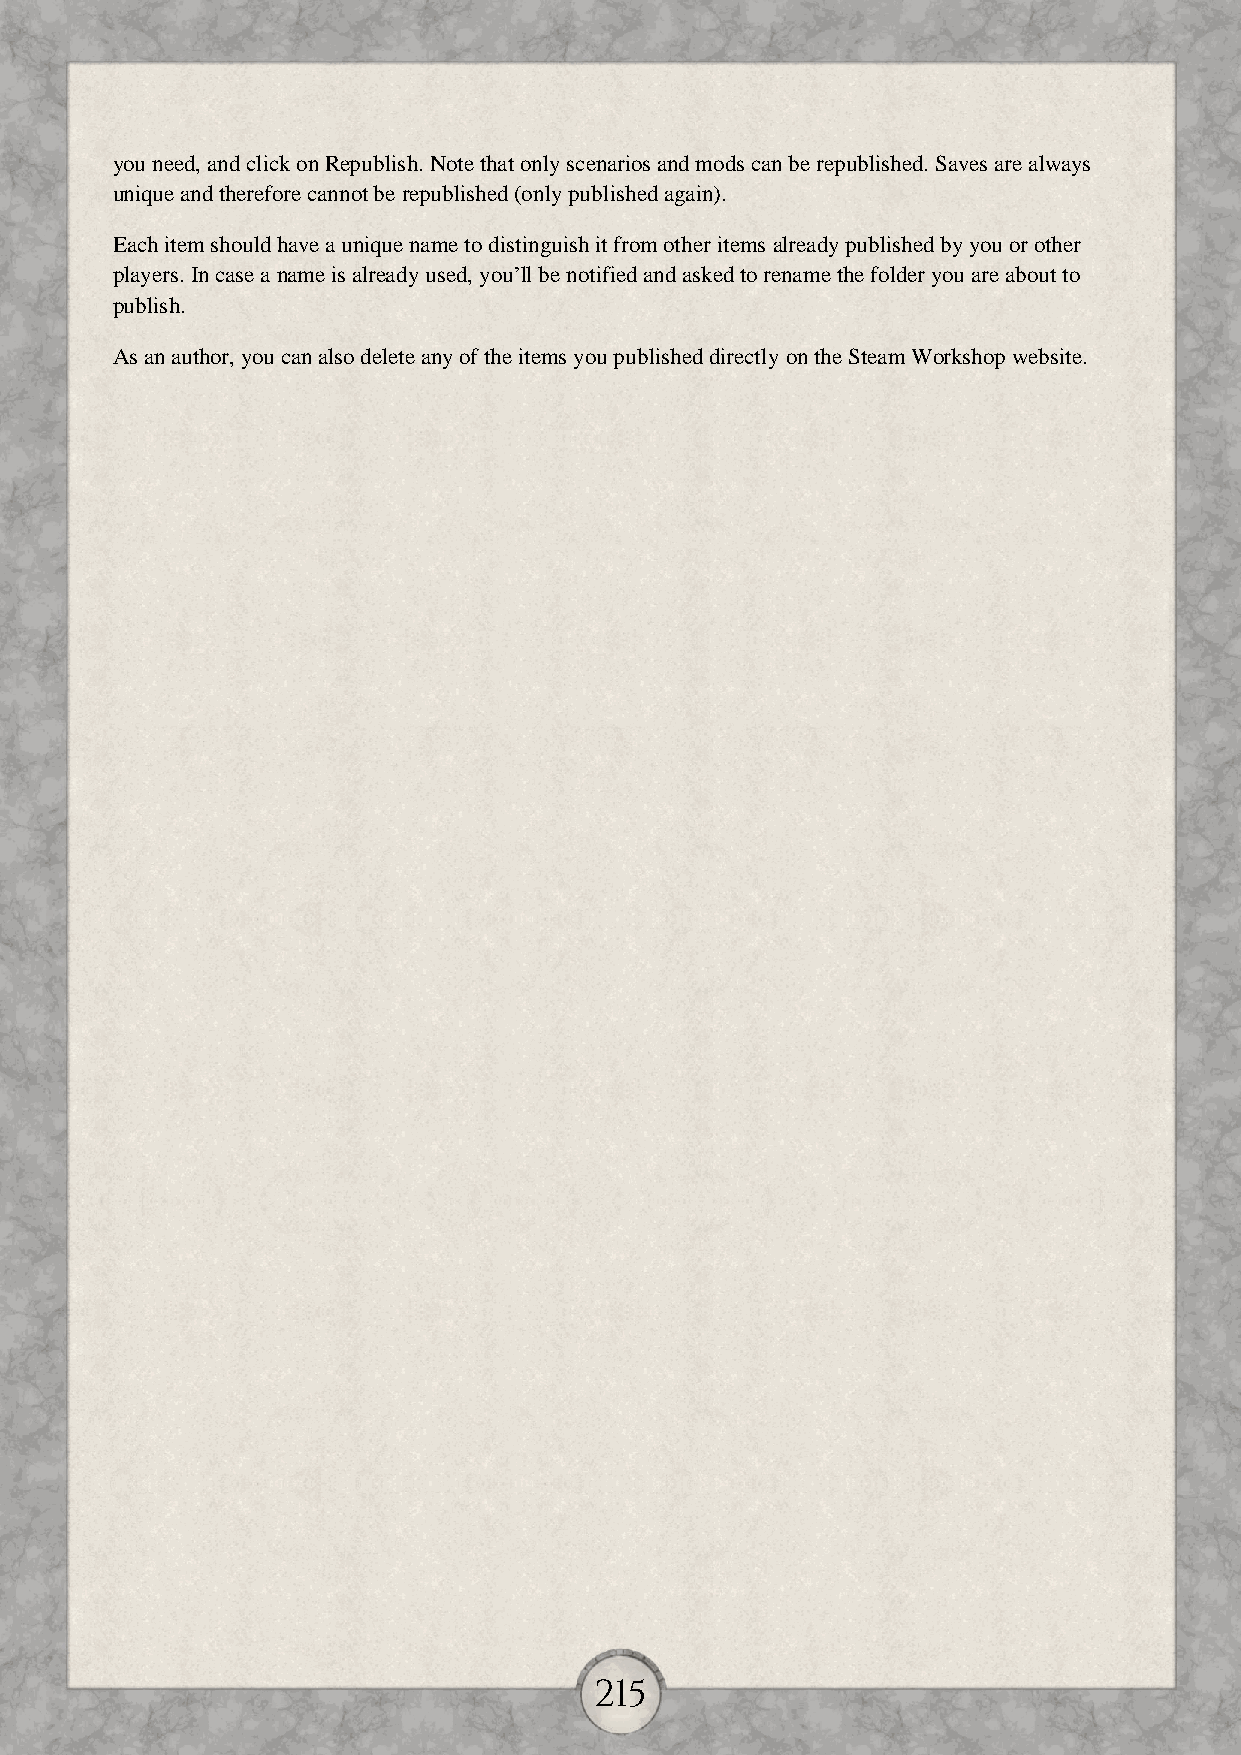
you need, and click on Republish. Note that only scenarios and mods can be republished. Saves are always
 unique and therefore cannot be republished (only published again).
 Each item should have a unique name to distinguish it from other items already published by you or other
 players. In case a name is already used, you’ll be notified and asked to rename the folder you are about to
 publish.
 As an author, you can also delete any of the items you published directly on the Steam Workshop website.
 215